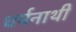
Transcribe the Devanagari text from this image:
धर्मनाथी